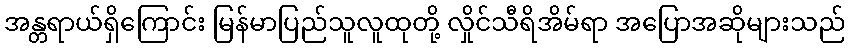
အန္တရာယ်ရှိကြောင်း မြန်မာပြည်သူလူထုတို့ လှိုင်သီရိအိမ်ရာ အပြောအဆိုများသည်